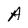
Character: A